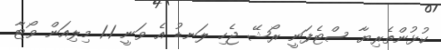
ކުޅުންތެރިޔާ ސްޓެފަނީ ރޯޝޭ ޖެހި ލަނޑު އެ ވަނީ 1.1 މިލިއަން ވޯޓާ